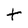
Character: t